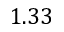
1 . 3 3